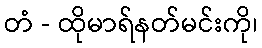
တံ - ထိုမာရ်နတ်မင်းကို၊